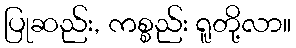
ပြုဆည်း, ကစ္စည်း ရူတို့လာ။